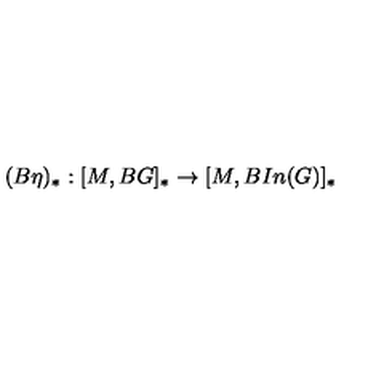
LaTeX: ( B \eta ) _ { \ast } : [ M , B G ] _ { \ast } \rightarrow [ M , B I n ( G ) ] _ { \ast }